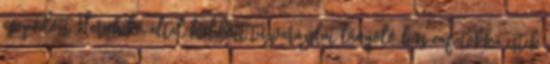
csapódott Haruhiko által küldött tűzvarázslat lángoló hús cafatokká estek